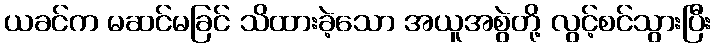
ယခင်က မဆင်မခြင် သိထားခဲ့သော အယူအစွဲတို့ လွင့်စင်သွားပြီး